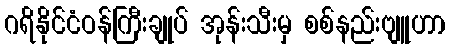
ဂရိနိုင်ငံဝန်ကြီးချုပ် အုန်းသီးမှ စစ်နည်းဗျူဟာ